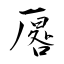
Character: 厬